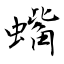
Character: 蟕